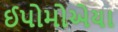
ઈપોમોએયા